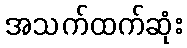
အသက်ထက်ဆုံး